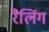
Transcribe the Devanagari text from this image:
रैलिंग